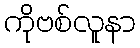
ကိုဗစ်လူနာ